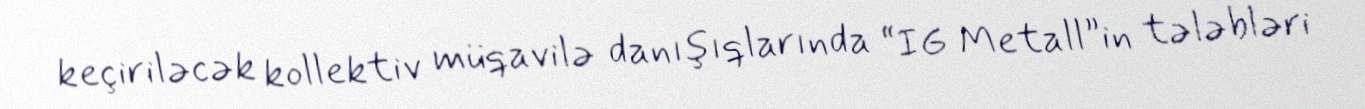
keçiriləcək kollektiv müqavilə danışıqlarında “IG Metall”in tələbləri